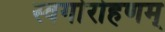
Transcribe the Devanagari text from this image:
स्वर्गारोहणम्